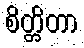
စိတ္တိတာ